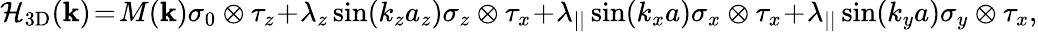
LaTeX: \begin{array}{r}{{\cal H}_{\mathrm{3D}}({\mathbf k})\! =\! M({\mathbf k})\sigma_{0}\otimes\tau_{z}\! +\! \lambda_{z}\sin(k_{z}a_{z})\sigma_{z}\otimes\tau_{x}\! +\! \lambda_{||}\sin(k_{x}a)\sigma_{x}\otimes\tau_{x}\! +\! \lambda_{||}\sin(k_{y}a)\sigma_{y}\otimes\tau_{x},}\end{array}